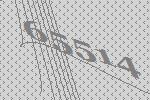
65514